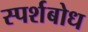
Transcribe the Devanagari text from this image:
स्पर्शबोध